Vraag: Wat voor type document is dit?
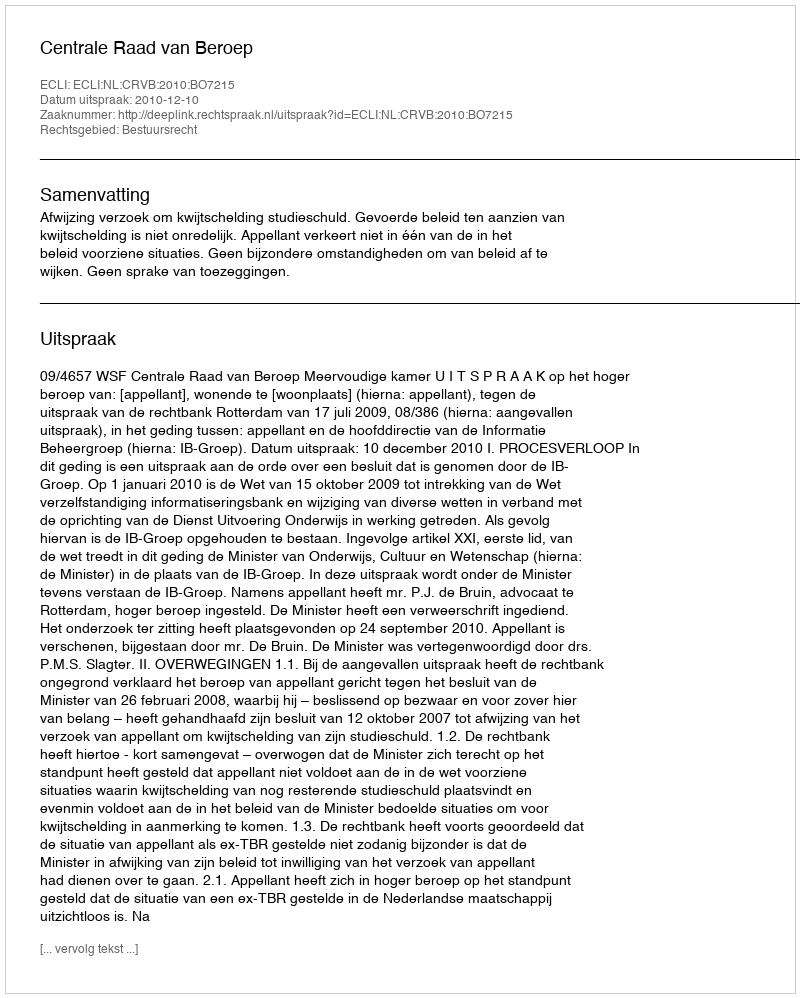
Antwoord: Uitspraak